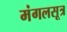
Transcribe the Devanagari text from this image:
मंगलसूत्र